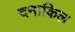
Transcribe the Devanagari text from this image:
दनाकिल